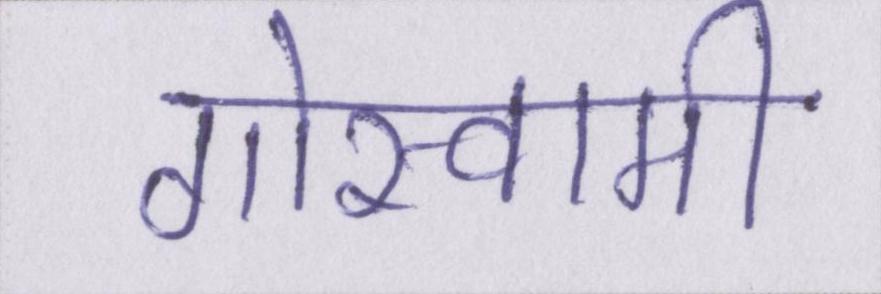
गोस्वामी